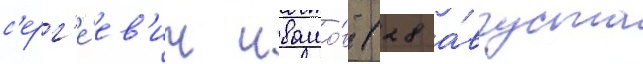
с'ерг'е́ев'ич ивашо́в (28 а́вгуста